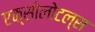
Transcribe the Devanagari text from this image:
एक्सोलोटल्स